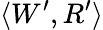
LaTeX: \langle W^{\prime},R^{\prime}\rangle